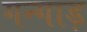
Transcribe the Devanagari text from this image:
गन्गाड़